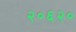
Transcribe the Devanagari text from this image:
२०६२०